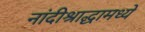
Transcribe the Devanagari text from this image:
नांदीश्राद्धामध्ये